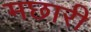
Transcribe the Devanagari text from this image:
मछारी